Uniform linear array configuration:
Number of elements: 16
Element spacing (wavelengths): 0.5
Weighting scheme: cosine
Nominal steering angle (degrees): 15
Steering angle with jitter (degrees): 13.34
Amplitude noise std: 0.05
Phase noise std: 0.05

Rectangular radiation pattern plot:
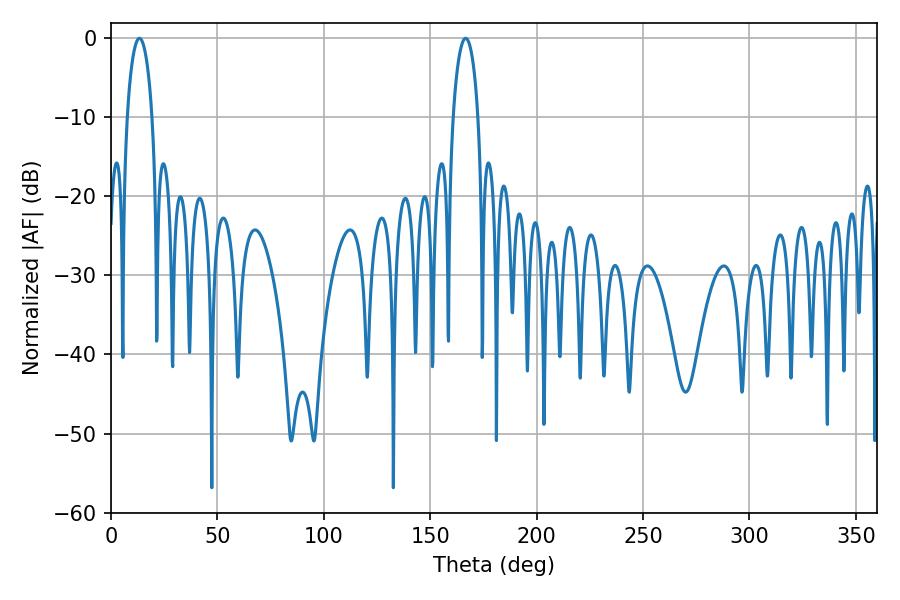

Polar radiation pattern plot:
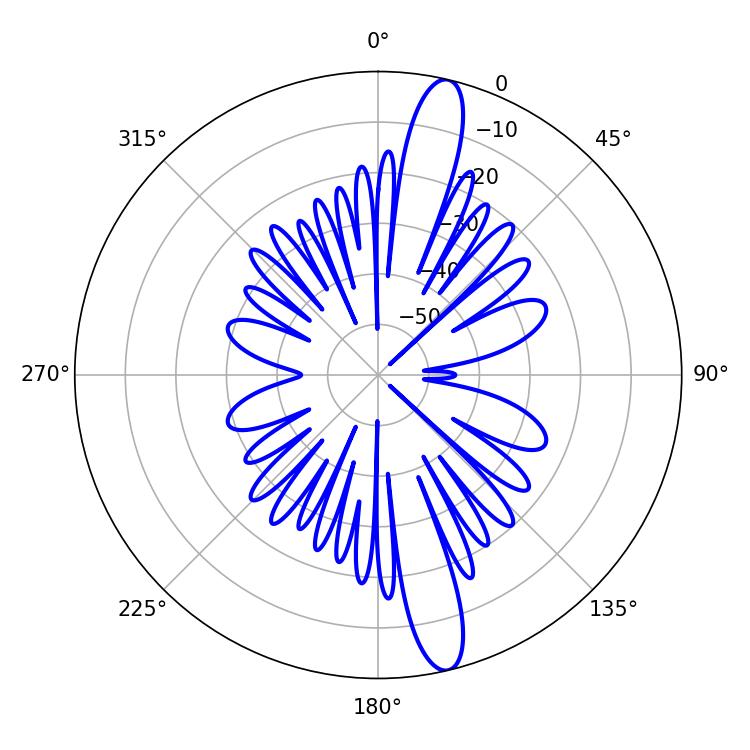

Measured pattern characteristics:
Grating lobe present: FALSE
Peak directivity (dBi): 15.208
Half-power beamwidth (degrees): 6.66
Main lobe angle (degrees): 13.32